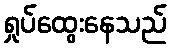
ရှုပ်ထွေးနေသည်